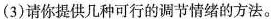
(3)请你提供几种可行的调节情绪的方法。